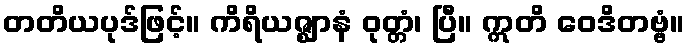
တတိယပုဒ်ဖြင့်။ ကိရိယဇ္ဈာနံ ဝုတ္တံ၊ ပြီ။ ဣတိ ဝေဒိတဗ္ဗံ။